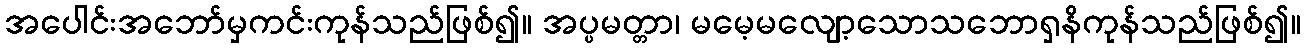
အပေါင်းအဘော်မှကင်းကုန်သည်ဖြစ်၍။ အပ္ပမတ္တာ၊ မမေ့မလျော့သောသဘောရှနိကုန်သည်ဖြစ်၍။